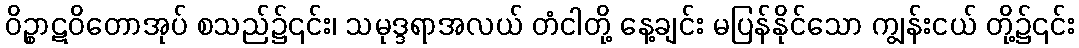
ဝိဉ္စာဋဝိတောအုပ် စသည်၌၎င်း၊ သမုဒ္ဒရာအလယ် တံငါတို့ နေ့ချင်း မပြန်နိုင်သော ကျွန်းငယ် တို့၌၎င်း